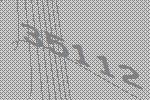
35112